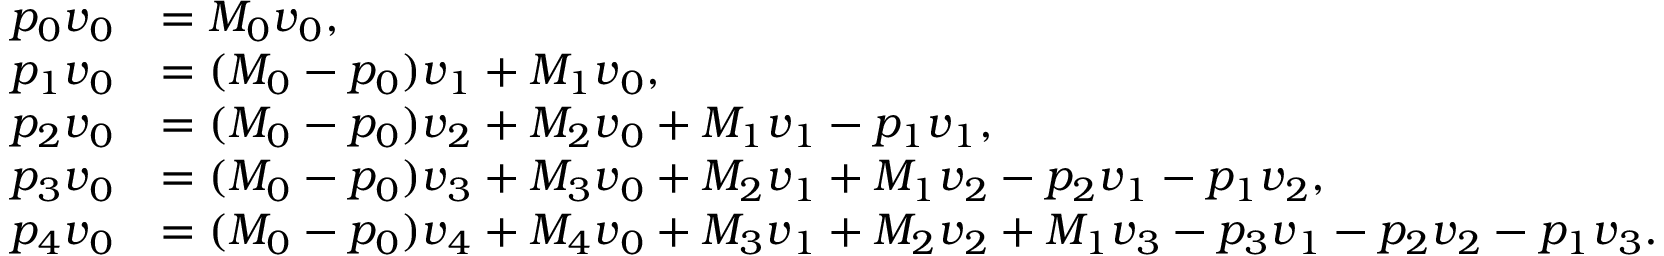
\begin{array} { r l } { p _ { 0 } \boldsymbol { v } _ { 0 } } & { = M _ { 0 } \boldsymbol { v } _ { 0 } , } \\ { p _ { 1 } \boldsymbol { v } _ { 0 } } & { = ( M _ { 0 } - p _ { 0 } ) \boldsymbol { v } _ { 1 } + M _ { 1 } \boldsymbol { v } _ { 0 } , } \\ { p _ { 2 } \boldsymbol { v } _ { 0 } } & { = ( M _ { 0 } - p _ { 0 } ) \boldsymbol { v } _ { 2 } + M _ { 2 } \boldsymbol { v } _ { 0 } + M _ { 1 } \boldsymbol { v } _ { 1 } - p _ { 1 } \boldsymbol { v } _ { 1 } , } \\ { p _ { 3 } \boldsymbol { v } _ { 0 } } & { = ( M _ { 0 } - p _ { 0 } ) \boldsymbol { v } _ { 3 } + M _ { 3 } \boldsymbol { v } _ { 0 } + M _ { 2 } \boldsymbol { v } _ { 1 } + M _ { 1 } \boldsymbol { v } _ { 2 } - p _ { 2 } \boldsymbol { v } _ { 1 } - p _ { 1 } \boldsymbol { v } _ { 2 } , } \\ { p _ { 4 } \boldsymbol { v } _ { 0 } } & { = ( M _ { 0 } - p _ { 0 } ) \boldsymbol { v } _ { 4 } + M _ { 4 } \boldsymbol { v } _ { 0 } + M _ { 3 } \boldsymbol { v } _ { 1 } + M _ { 2 } \boldsymbol { v } _ { 2 } + M _ { 1 } \boldsymbol { v } _ { 3 } - p _ { 3 } \boldsymbol { v } _ { 1 } - p _ { 2 } \boldsymbol { v } _ { 2 } - p _ { 1 } \boldsymbol { v } _ { 3 } . } \end{array}